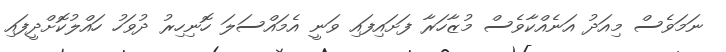
ނަމަވެސް މިއަދު އަނެއްކާވެސް މުޒާހަރާ ފަށައިފައި ވަނީ އެމައްސަލަ ހޮނިހިރު ދުވަހު ހައްލުކޮށްދީފައި